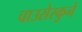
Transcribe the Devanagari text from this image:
चाउसेस्कुने